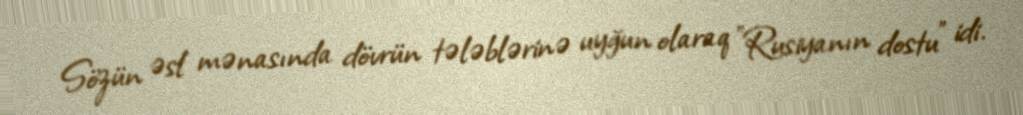
Sözün əsl mənasında dövrün tələblərinə uyğun olaraq "Rusiyanın dostu" idi.